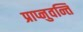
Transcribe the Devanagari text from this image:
प्राप्नुवन्ति